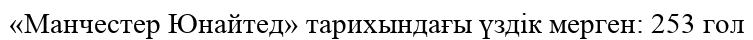
«Манчестер Юнайтед» тарихындағы үздік мерген: 253 гол